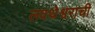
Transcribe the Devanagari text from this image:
लवथेश्वराची